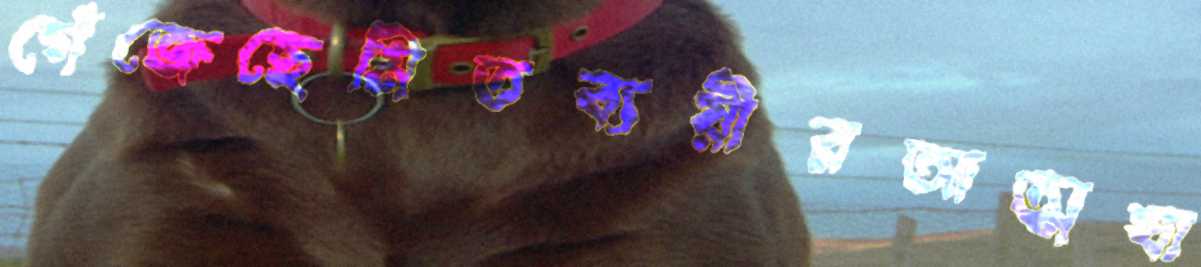
গেঁজেছেমিতব্যয়ীরআত্মঘা